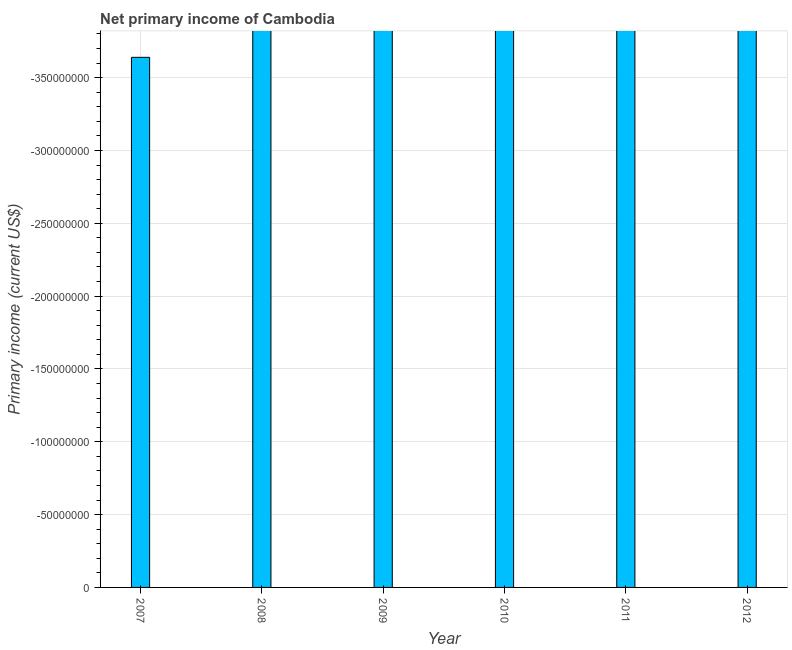
| Year | Net primary income |
 | --- | --- |
 | 2007 | -3.64e+08 |
 | 2008 | -4.75e+08 |
 | 2009 | -4.71e+08 |
 | 2010 | -5.44e+08 |
 | 2011 | -5.69e+08 |
 | 2012 | -6.52e+08 |